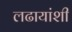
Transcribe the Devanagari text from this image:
लढायांशी